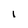
Character: 1